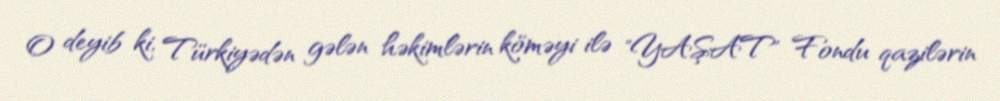
O deyib ki, Türkiyədən gələn həkimlərin köməyi ilə "YAŞAT" Fondu qazilərin